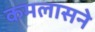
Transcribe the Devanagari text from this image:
कमलासने